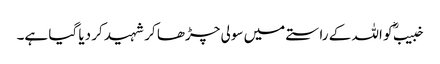
خبیبؓ کو اللہ کے راستے میں سولی چڑھا کر شہید کر دیا گیا ہے۔